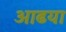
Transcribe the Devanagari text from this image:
आढया